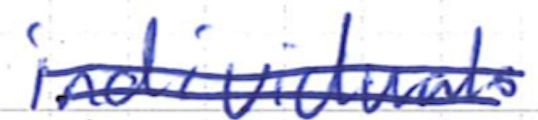
Text: individuals
Cross-out: double-line
Writing tool: ballpoint